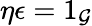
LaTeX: \eta\epsilon=1_{\mathcal{G}}